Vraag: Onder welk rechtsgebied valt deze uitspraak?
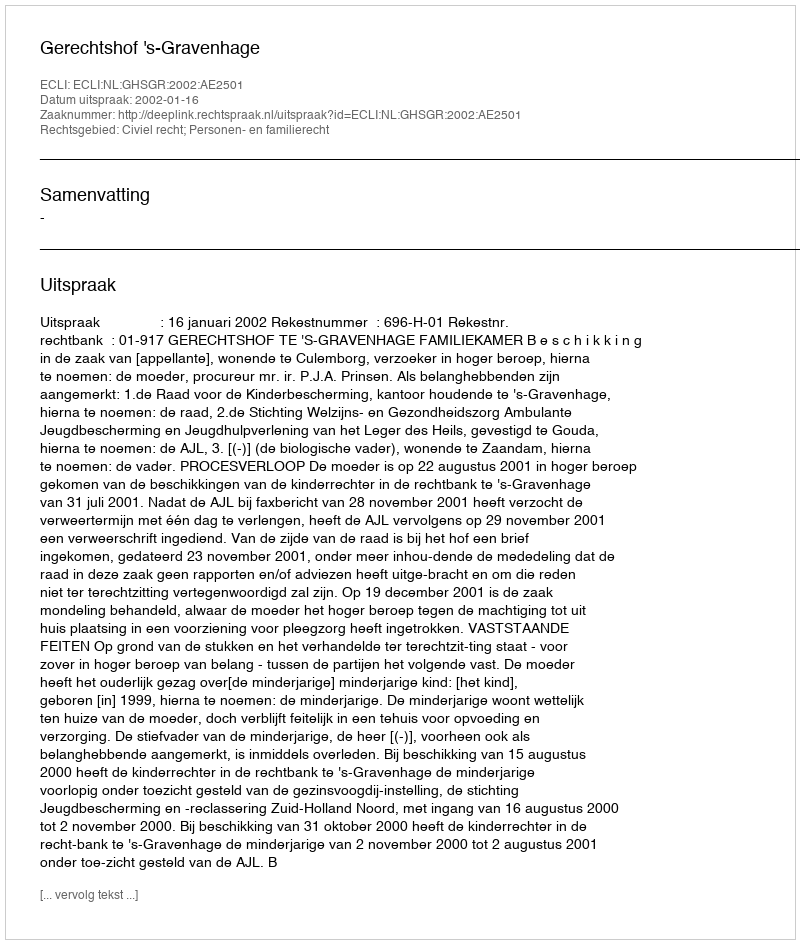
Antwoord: Civiel recht; Personen- en familierecht